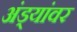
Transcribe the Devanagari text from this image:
अंड्यांवर